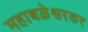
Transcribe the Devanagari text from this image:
महाबळेश्वरकर